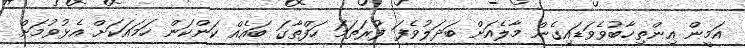
އަމީން އިންތިޚާބުވެވަޑައިގެން މާލެއަށް ބަދަލުވެފަ ފުރަތަމަ ހަފްތާގަ ބައެއް ކަންކަން ހަމައަކަށް އެޅުވުމަށް